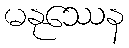
မနုဿေန